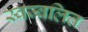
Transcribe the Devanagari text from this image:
स्वज्वलित